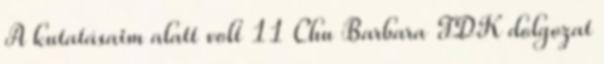
A kutatásaim alatt volt 11 Chu Barbara TDK dolgozat